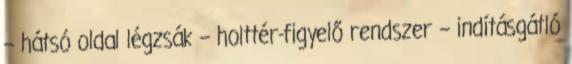
– hátsó oldal légzsák – holttér-figyelő rendszer – indításgátló